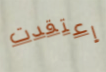
إعتقدت